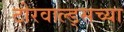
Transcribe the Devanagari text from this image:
टोरवाल्ड्सच्या